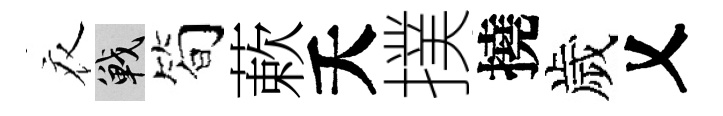
衣戰简蔌夭撲撓歲乂